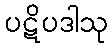
ပဋိပဒါသု